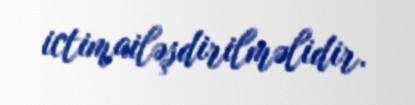
ictimailəşdirilməlidir.